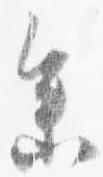
参